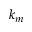
k _ { m }